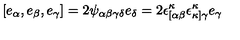
[ e _ { \alpha } , e _ { \beta } , e _ { \gamma } ] = 2 \psi _ { \alpha \beta \gamma \delta } e _ { \delta } = 2 \epsilon _ { [ \alpha \beta } ^ { \kappa } \epsilon _ { \kappa ] \gamma } ^ { \kappa } e _ { \gamma }